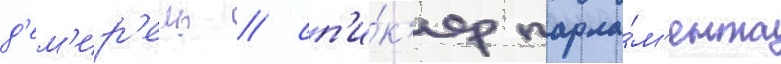
д'ем'ир'ель / сп'и́к'ер парла́м'ента